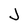
Character: J